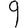
Digit: 9